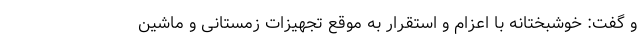
و گفت: خوشبختانه با اعزام و استقرار به موقع تجهیزات زمستانی و ماشین